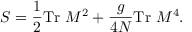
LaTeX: S = \frac { 1 } { 2 } \mathrm { T r ~ } M ^ { 2 } + \frac { g } { 4 N } \mathrm { T r ~ } M ^ { 4 } .